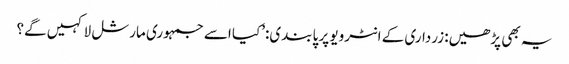
یہ بھی پڑھیں: زرداری کے انٹرویو پر پابندی:’کیا اسے جمہوری مارشل لا کہیں گے؟